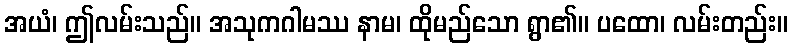
အယံ၊ ဤလမ်းသည်။ အသုကဂါမဿ နာမ၊ ထိုမည်သော ရွာ၏။ ပထော၊ လမ်းတည်း။